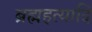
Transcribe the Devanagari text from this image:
ब्रह्महत्यादि